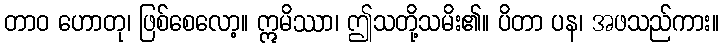
တာဝ ဟောတု၊ ဖြစ်စေလော့။ ဣမိဿာ၊ ဤသတို့သမိး၏။ ပိတာ ပန၊ အဖသည်ကား။